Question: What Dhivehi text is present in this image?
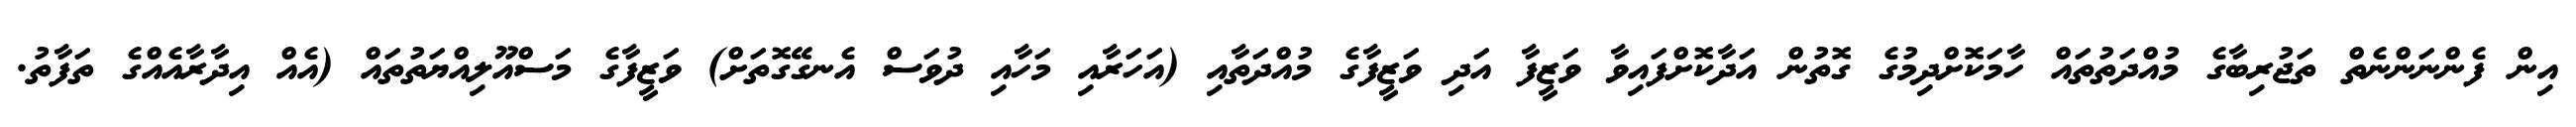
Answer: އިން ފެންނަންނެތް ތަޖުރިބާގެ މުއްދަތުތައް ހާމަކޮށްދިމުގެ ގޮތުން އަދާކޮށްފައިވާ ވަޒީފާ އަދި ވަޒީފާގެ މުއްދަތާއި (އަހަރާއި މަހާއި ދުވަސް އެނގޭގޮތަށް) ވަޒީފާގެ މަސްއޫލިއްޔަތުތައް (އެއް އިދާރާއެއްގެ ތަފާތު.